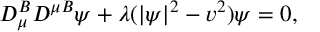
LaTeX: D _ { \mu } ^ { B } D ^ { \mu B } \psi + \lambda ( | \psi | ^ { 2 } - v ^ { 2 } ) \psi = 0 ,